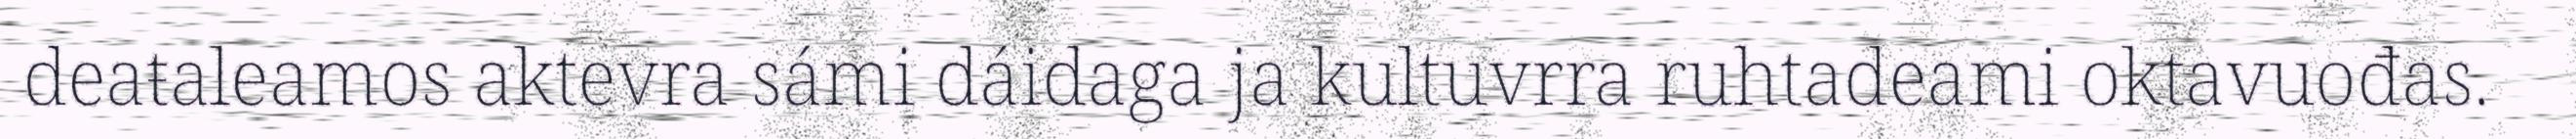
deaŧaleamos aktevra sámi dáidaga ja kultuvrra ruhtadeami oktavuođas.